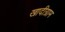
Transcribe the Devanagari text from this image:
खादीग्राम